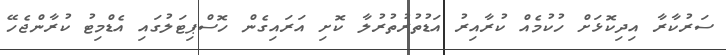
ސަރުކާރާ އިދިކޮޅަށް ހުކުމެއް ކުރާއިރު އަޑުތުރުތުރުލާ ކޮށި އަރައިގެން ހޮސްޕިޓަލުގައި އެޑްމިޓު ކުރާންޖެހޭ